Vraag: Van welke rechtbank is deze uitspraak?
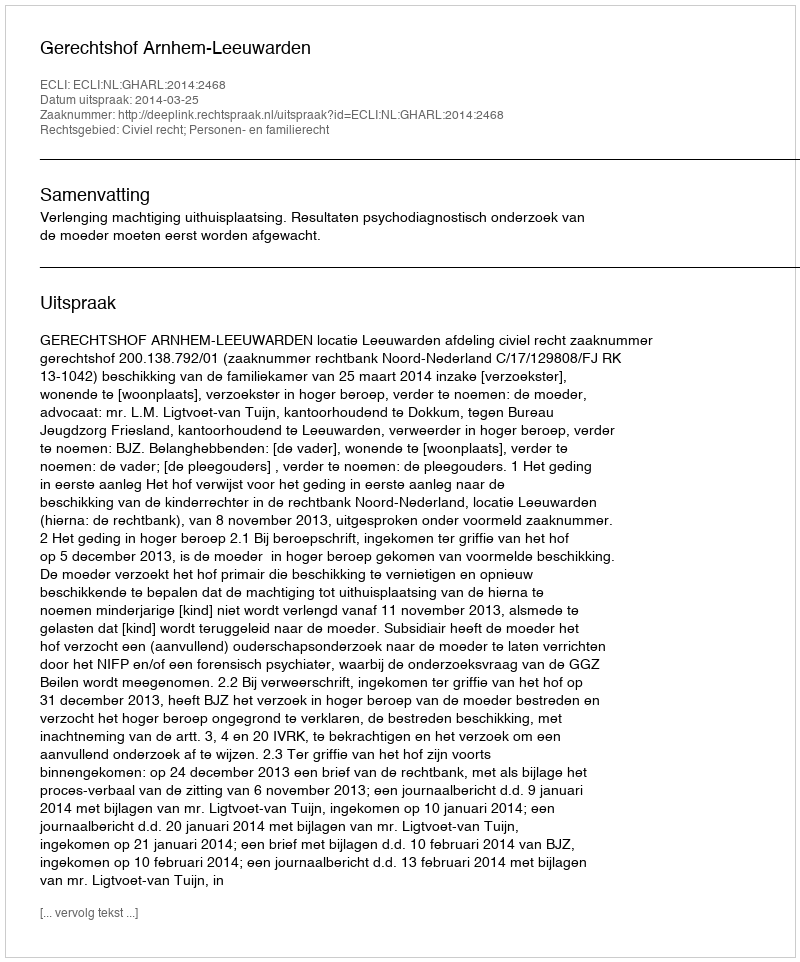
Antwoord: Gerechtshof Arnhem-Leeuwarden